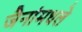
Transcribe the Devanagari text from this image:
जैनांमधले